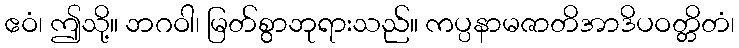
ဧဝံ၊ ဤသို့။ ဘဂဝါ၊ မြတ်စွာဘုရားသည်။ ကပ္ပနာမဇာတိအာဒိပဝတ္တိတံ၊